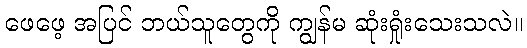
ဖေဖေ့ အပြင် ဘယ်သူတွေကို ကျွန်မ ဆုံးရှုံးသေးသလဲ။